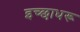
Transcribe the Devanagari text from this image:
इच्छाधरू